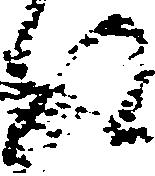
得